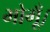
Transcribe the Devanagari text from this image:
भोगूँ।